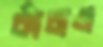
কাঁচাও